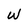
Character: W